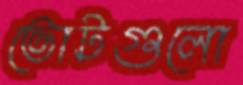
ভোটগুলো